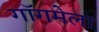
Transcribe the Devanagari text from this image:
गॉगमेला